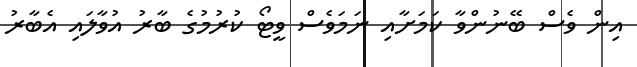
އިން ވެސް ބޭނުންވާ ކަމަށާއި ނަމަވެސް ވީޓޯ ކުރުމުގެ ބާރު އުވާލައި އެބާރު